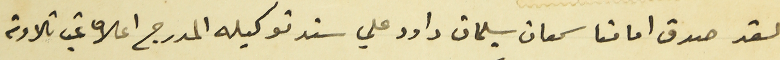
لقد صدق امامنا سمعان سليمان داود علي سند توكيله المدرج اعلاه غب تلاوته